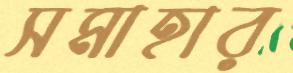
সমাহার